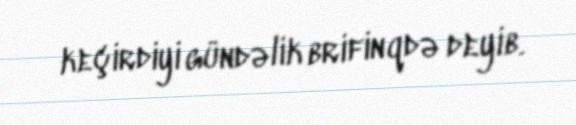
keçirdiyi gündəlik brifinqdə deyib.